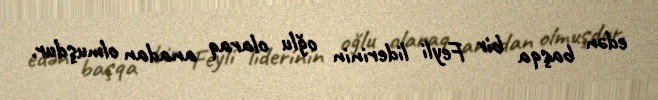
edən başqa bir Feyli liderinin oğlu olaraq anadan olmuşdur.